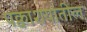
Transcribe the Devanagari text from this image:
पक्वाशयांतील